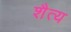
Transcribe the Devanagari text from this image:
शैत्य